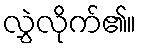
လွှဲလိုက်၏။